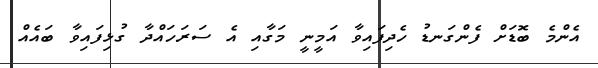
އެންމެ ބޮޑަށް ފެންގަނޑު ހެދިފައިވާ އަމީނީ މަގާއި އެ ސަރަހައްދާ ގުޅިފައިވާ ބައެއް